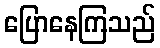
ပြောနေကြသည်